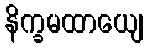
နိက္ခမထာယျေ